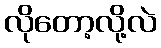
လိုတော့လို့လဲ